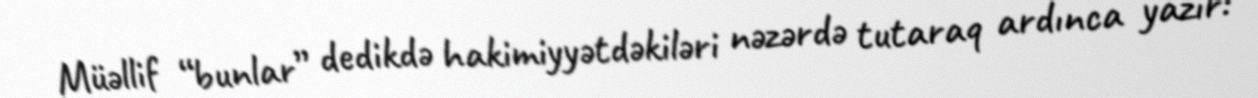
Müəllif “bunlar” dedikdə hakimiyyətdəkiləri nəzərdə tutaraq ardınca yazır: